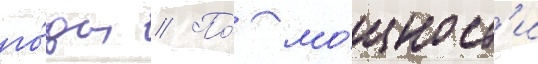
го́ды // По́ мо́щност'и